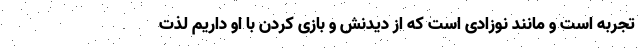
تجربه است و مانند نوزادی است که از دیدنش و بازی کردن با او داریم لذت